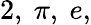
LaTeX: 2,\ \pi,\ e,